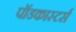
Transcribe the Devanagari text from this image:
पॉडकास्टर्स